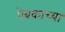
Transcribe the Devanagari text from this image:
ऐबकाच्या